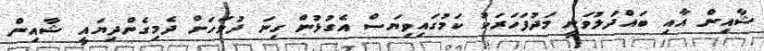
ޝާއިން އާއި ބައްދަލުވަނީ މަދުފަހަރަކު ކަމުގައިވިޔަސް އެގުޅުން ގިނަ ދުވަހަށް ދެމިގެންދިޔައީ ޝާއިން